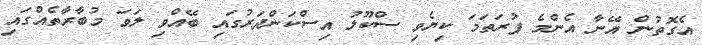
އެގޮތުން އޭނާ އެންމެ ފުރަތަމަ ކިޔެވި ސްކޫލު އިސްކަންދަރުގައި ބޭއްވި ލަވަ މުބާރާތެއްގައި